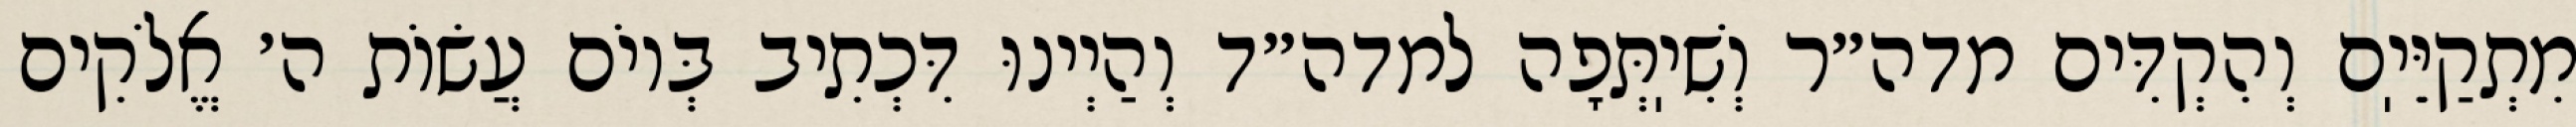
מִתְקַיֵּיֽם וְהִקְדִּים מדה״ר וְשִׁיֽתְּפָה למדה״ד וְהַיְינוּ דִּכְתִיב בְּיוֹם עֲשׂוֹת ה׳ אֱלֹקִים